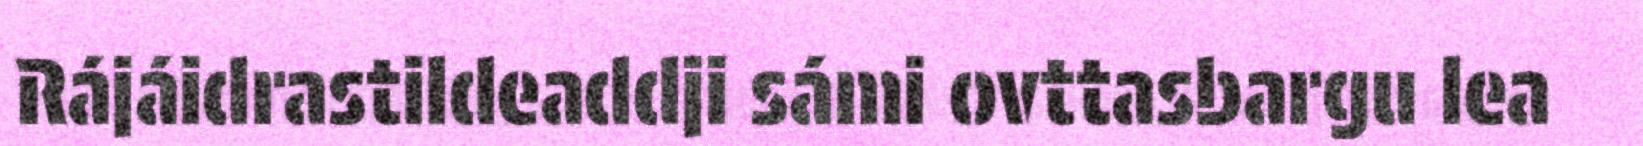
Rájáidrastildeaddji sámi ovttasbargu lea